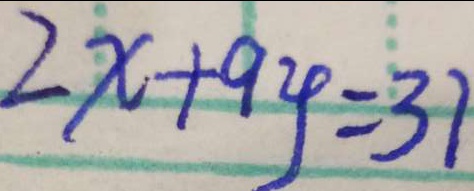
2 x + 9 y = 3 7